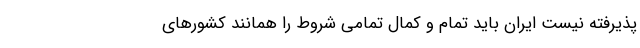
پذیرفته نیست ایران باید تمام و کمال تمامی شروط را همانند کشور‌های